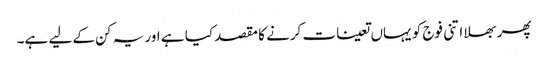
پھر بھلا اتنی فوج کو یہاں تعینات کرنے کا مقصد کیا ہے اور یہ کن کے لیے ہے۔